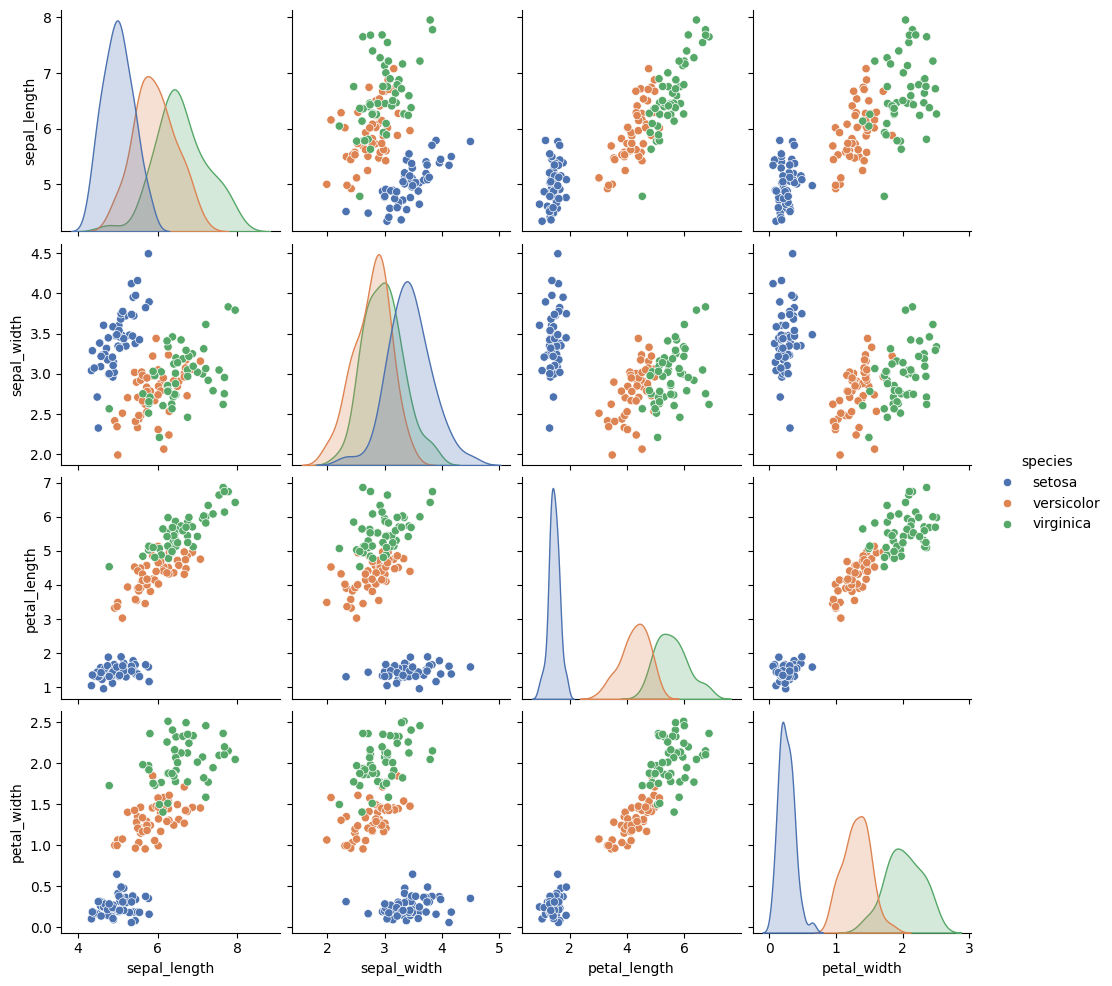
python, seaborn, pairplot, palette='deep', markers=['o'], kind='scatter', diag_kind='kde'